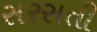
સરસતી